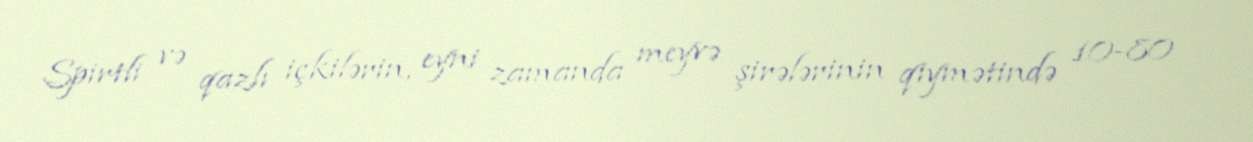
Spirtli və qazlı içkilərin, eyni zamanda meyvə şirələrinin qiymətində 10-80